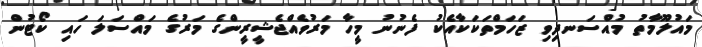
މައުލޫމާތު މުއްސަނދިވި ޒަހަމްތަކަކާއެކު ފެނުނު މީހާ މަރުވެއްޖެޝީރީންގެ މަރުގެ މައްސަލަ ހައި ކޯޓުން